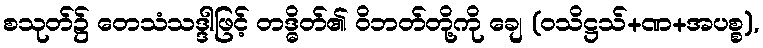
စသုတ်၌ တေသံသဒ္ဒါဖြင့် တဒ္ဓိတ်၏ ဝိဘတ်တို့ကို ချေ (ဝသိဋ္ဌသ်+ဏ+အပစ္စ),